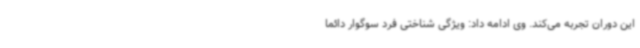
این دوران تجربه می‌کند. وی ادامه داد: ویژگی شناختی فرد سوگوار دائما